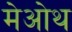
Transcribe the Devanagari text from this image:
मेओथ